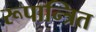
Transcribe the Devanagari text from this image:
रूपान्त्रित